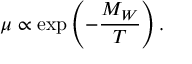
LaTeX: \mu \propto \exp \left( - { \frac { M _ { W } } { T } } \right) .